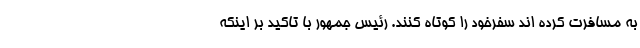
به مسافرت کرده اند سفرخود را کوتاه کنند. رئیس جمهور با تاکید بر اینکه